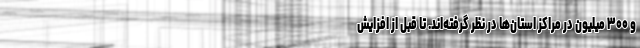
و ۳۰۰ میلیون در مراکز استان‌ها در نظر گرفته‌اند. تا قبل از افزایش